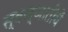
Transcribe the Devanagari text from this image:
स्वज्ञातीचें